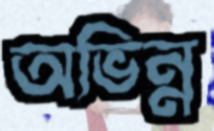
অভিন্ন